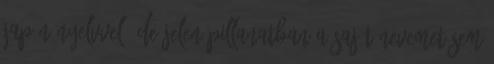
japán nyelvvel, de jelen pillanatban a saját nevemet sem